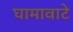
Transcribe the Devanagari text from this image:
घामावाटे